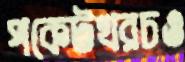
পকেটখরচও